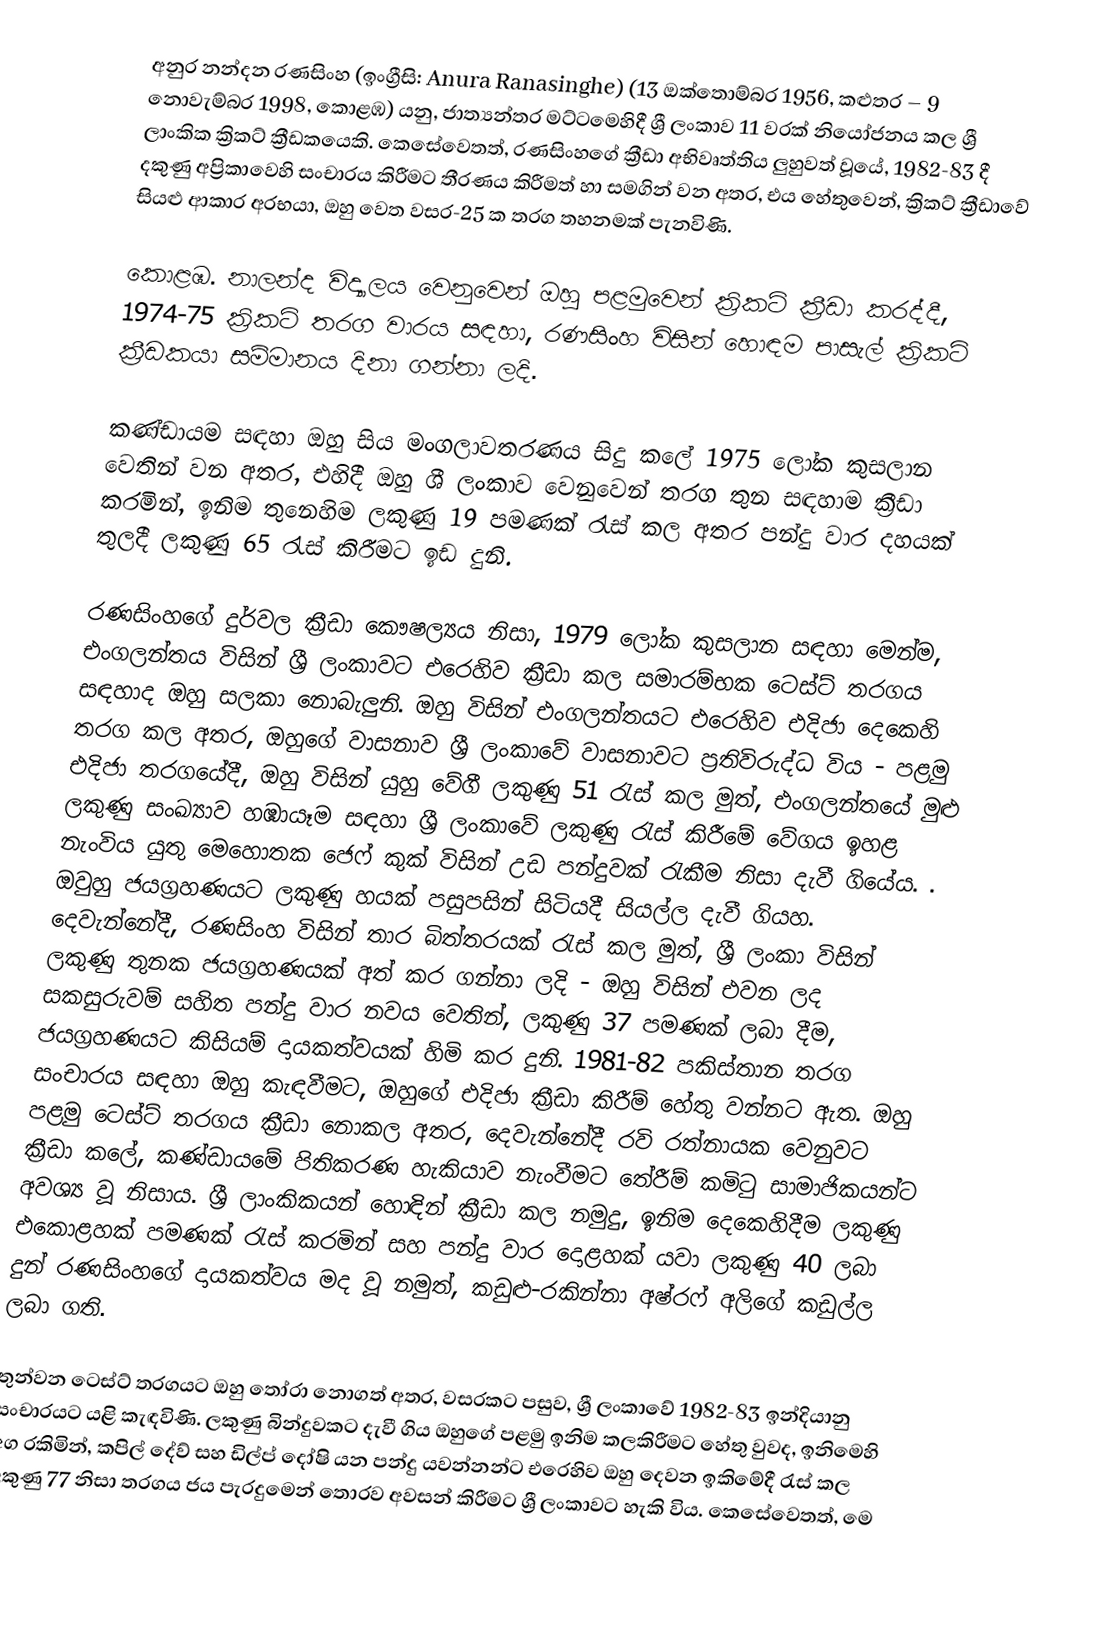
අනුර නන්දන රණසිංහ (ඉංග්‍රීසි: Anura Ranasinghe) (13 ඔක්තොම්බර 1956, කළුතර – 9 නොවැම්බර 1998, කොළඹ) යනු, ජාත්‍යන්තර මට්ටමෙහිදී ශ්‍රී ලංකාව 11 වරක් නියෝජනය කල ශ්‍රී ලාංකික ක්‍රිකට් ක්‍රීඩකයෙකි. කෙසේවෙතත්, රණසිංහගේ ක්‍රීඩා අභිවෘත්තිය ලුහුවත් වූයේ,  1982-83 දී දකුණු අප්‍රිකාවෙහි සංචාරය කිරීමට තීරණය කිරීමත් හා සමගින් වන අතර, එය හේතුවෙන්,  ක්‍රිකට් ක්‍රීඩාවේ සියළු ආකාර අරභයා,  ඔහු වෙත වසර-25 ක තරග තහනමක් පැනවිණි.

කොළඹ. නාලන්ද විද්‍යාලය වෙනුවෙන් ඔහු පළමුවෙන් ක්‍රිකට් ක්‍රීඩා කරද්දී, 1974-75 ක්‍රිකට් තරග වාරය සඳහා, රණසිංහ විසින් හොඳම පාසැල් ක්‍රිකට් ක්‍රීඩකයා සම්මානය දිනා ගන්නා ලදි.

කණ්ඩායම සඳහා ඔහු සිය මංගලාවතරණය සිදු කලේ 1975 ලෝක කුසලාන වෙතින් වන අතර, එහිදී ඔහු ශී ලංකාව වෙනුවෙන් තරග තුන සඳහාම ක්‍රීඩා කරමින්, ඉනිම තුනෙහිම ලකුණු 19 පමණක් රැස් කල අතර පන්දු වාර දහයක් තුලදී ලකුණු 65 රැස් කිරීමට ඉඩ දුනි.

රණසිංහගේ දුර්වල ක්‍රීඩා කෞෂල්‍යය නිසා,   1979 ලෝක කුසලාන සඳහා මෙන්ම, එංගලන්තය විසින්  ශ්‍රී ලංකාවට එරෙහිව ක්‍රීඩා කල සමාරම්භක ටෙස්ට්  තරගය සඳහාද ඔහු සලකා නොබැලුනි. ඔහු විසින් එංගලන්තයට එරෙහිව එදිජා දෙකෙහි තරග කල අතර, ඔහුගේ වාසනාව ශ්‍රී ලංකාවේ වාසනාවට ප්‍රතිවිරුද්ධ විය - පළමු එදිජා තරගයේදී, ඔහු විසින් යුහු වේගී ලකුණු 51 රැස් කල මුත්, එංගලන්තයේ මුළු ලකුණු සංඛ්‍යාව හඹායෑම සඳහා ශ්‍රී ලංකාවේ ලකුණු රැස් කිරීමේ වේගය ඉහළ නැංවිය යුතු මෙහොතක ජෙෆ් කුක් විසින්  උඩ පන්දුවක් රැකීම නිසා දැවී ගියේය. . ඔවුහු ජයග්‍රහණයට ලකුණු හයක් පසුපසින් සිටියදී  සියල්ල දැවී ගියහ. දෙවැන්නේදී, රණසිංහ විසින් තාර බිත්තරයක් රැස් කල මුත්, ශ්‍රී ලංකා විසින් ලකුණු තුනක ජයග්‍රහණයක් අත් කර ගන්නා ලදි - ඔහු විසින් එවන ලද සකසුරුවම් සහිත පන්දු වාර නවය වෙතින්, ලකුණු 37 පමණක් ලබා දීම, ජයග්‍රහණයට කිසියම් දායකත්වයක් හිමි කර දුනි. 1981-82 පකිස්තාන තරග සංචාරය සඳහා ඔහු කැඳවීමට,  ඔහුගේ එදිජා ක්‍රීඩා කිරීම් හේතු වන්නට ඇත. ඔහු පළමු ටෙස්ට් තරගය ක්‍රීඩා නොකල අතර, දෙවැන්නේදී රවි රත්නායක වෙනුවට ක්‍රීඩා කලේ, කණ්ඩායමේ පිතිකරණ හැකියාව නැංවීමට තේරීම් කමිටු සාමාජිකයන්ට අවශ්‍ය වූ නිසාය. ශ්‍රී ලාංකිකයන් හොඳින් ක්‍රීඩා කල නමුදු, ඉනිම දෙකෙහිදීම ලකුණු එකොළහක් පමණක් රැස් කරමින් සහ පන්දු වාර දොළහක් යවා ලකුණු 40 ලබා දුන් රණසිංහගේ දායකත්වය මද වූ නමුත්, කඩුළු-රකින්නා අෂ්රෆ් අලිගේ කඩුල්ල ලබා ගති.

තුන්වන ටෙස්ට් තරගයට ඔහු තෝරා නොගත් අතර, වසරකට පසුව, ශ්‍රී ලංකාවේ  1982-83 ඉන්දියානු සංචාරයට යළි කැඳවිණි. ලකුණු බින්දුවකට දැවී ගිය ඔහුගේ පළමු ඉනිම කලකිරීමට හේතු වුවද, ඉනිමෙහි අග රකිමින්,  කපිල් දේව් සහ ඩිල්ප් දෝෂි යන පන්දු යවන්නන්ට එරෙහිව ඔහු දෙවන ඉකිමේදී රැස් කල ලකුණු 77 නිසා තරගය ජය පැරදුමෙන් තොරව අවසන් කිරීමට ශ්‍රී ලංකාවට හැකි විය. කෙසේවෙතත්, මෙ